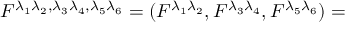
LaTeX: F ^ { \lambda _ { 1 } \lambda _ { 2 } , \lambda _ { 3 } \lambda _ { 4 } , \lambda _ { 5 } \lambda _ { 6 } } = ( F ^ { \lambda _ { 1 } \lambda _ { 2 } } , F ^ { \lambda _ { 3 } \lambda _ { 4 } } , F ^ { \lambda _ { 5 } \lambda _ { 6 } } ) =